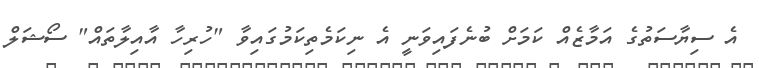
އެ ސިޔާސަތުގެ އަމާޒެއް ކަމަށް ބުނެފައިވަނީ އެ ނިކަމެތިކަމުގައިވާ "ހުރިހާ އާއިލާތައް" ސޯޝަލް